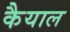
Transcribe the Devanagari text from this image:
कैयाल